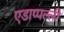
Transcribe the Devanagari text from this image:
एडाप्पल्ली